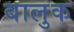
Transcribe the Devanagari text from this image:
बालुक